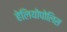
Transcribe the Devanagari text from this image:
हेलियोपोलिस